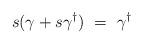
LaTeX: \begin{align*} s(\gamma+s\gamma^{\dagger})\ =\ \gamma^{\dagger}\end{align*}